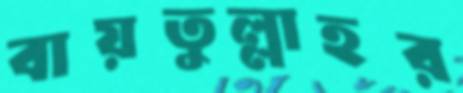
বায়তুল্লাহর